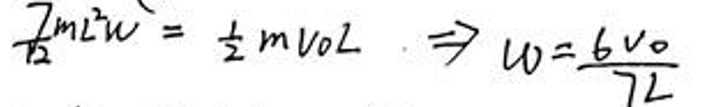
\(\frac{7}{12} m L ^ { 2 } \omega = \frac{1}{2} m v _ { 0 } L \Rightarrow \omega = \frac{6 v _ { 0 }}{7 L}\)